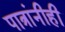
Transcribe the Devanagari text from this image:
पात्रांनीही